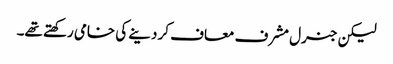
لیکن جنرل مشرف معاف کر دینے کی خامی رکھتے تھے۔